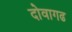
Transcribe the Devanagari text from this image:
दोवागढ